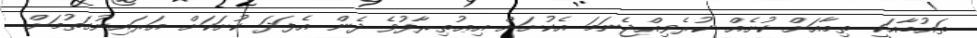
ތައުބާއަކީ ތިމާއަށް ކުށެއް ކުރެވިއްޖެނަމަ އެކުށަށް އިޢުތިރާފުވެ ދެން އެފަދަ ކުށަކަށް އަރައިނުގަތުމަށް